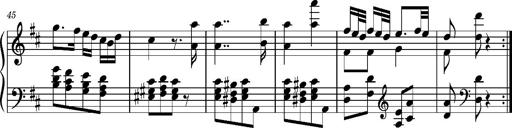
Title: Ungarischer Romanzero
Composer: Franz Liszt